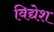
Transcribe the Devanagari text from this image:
विद्येश